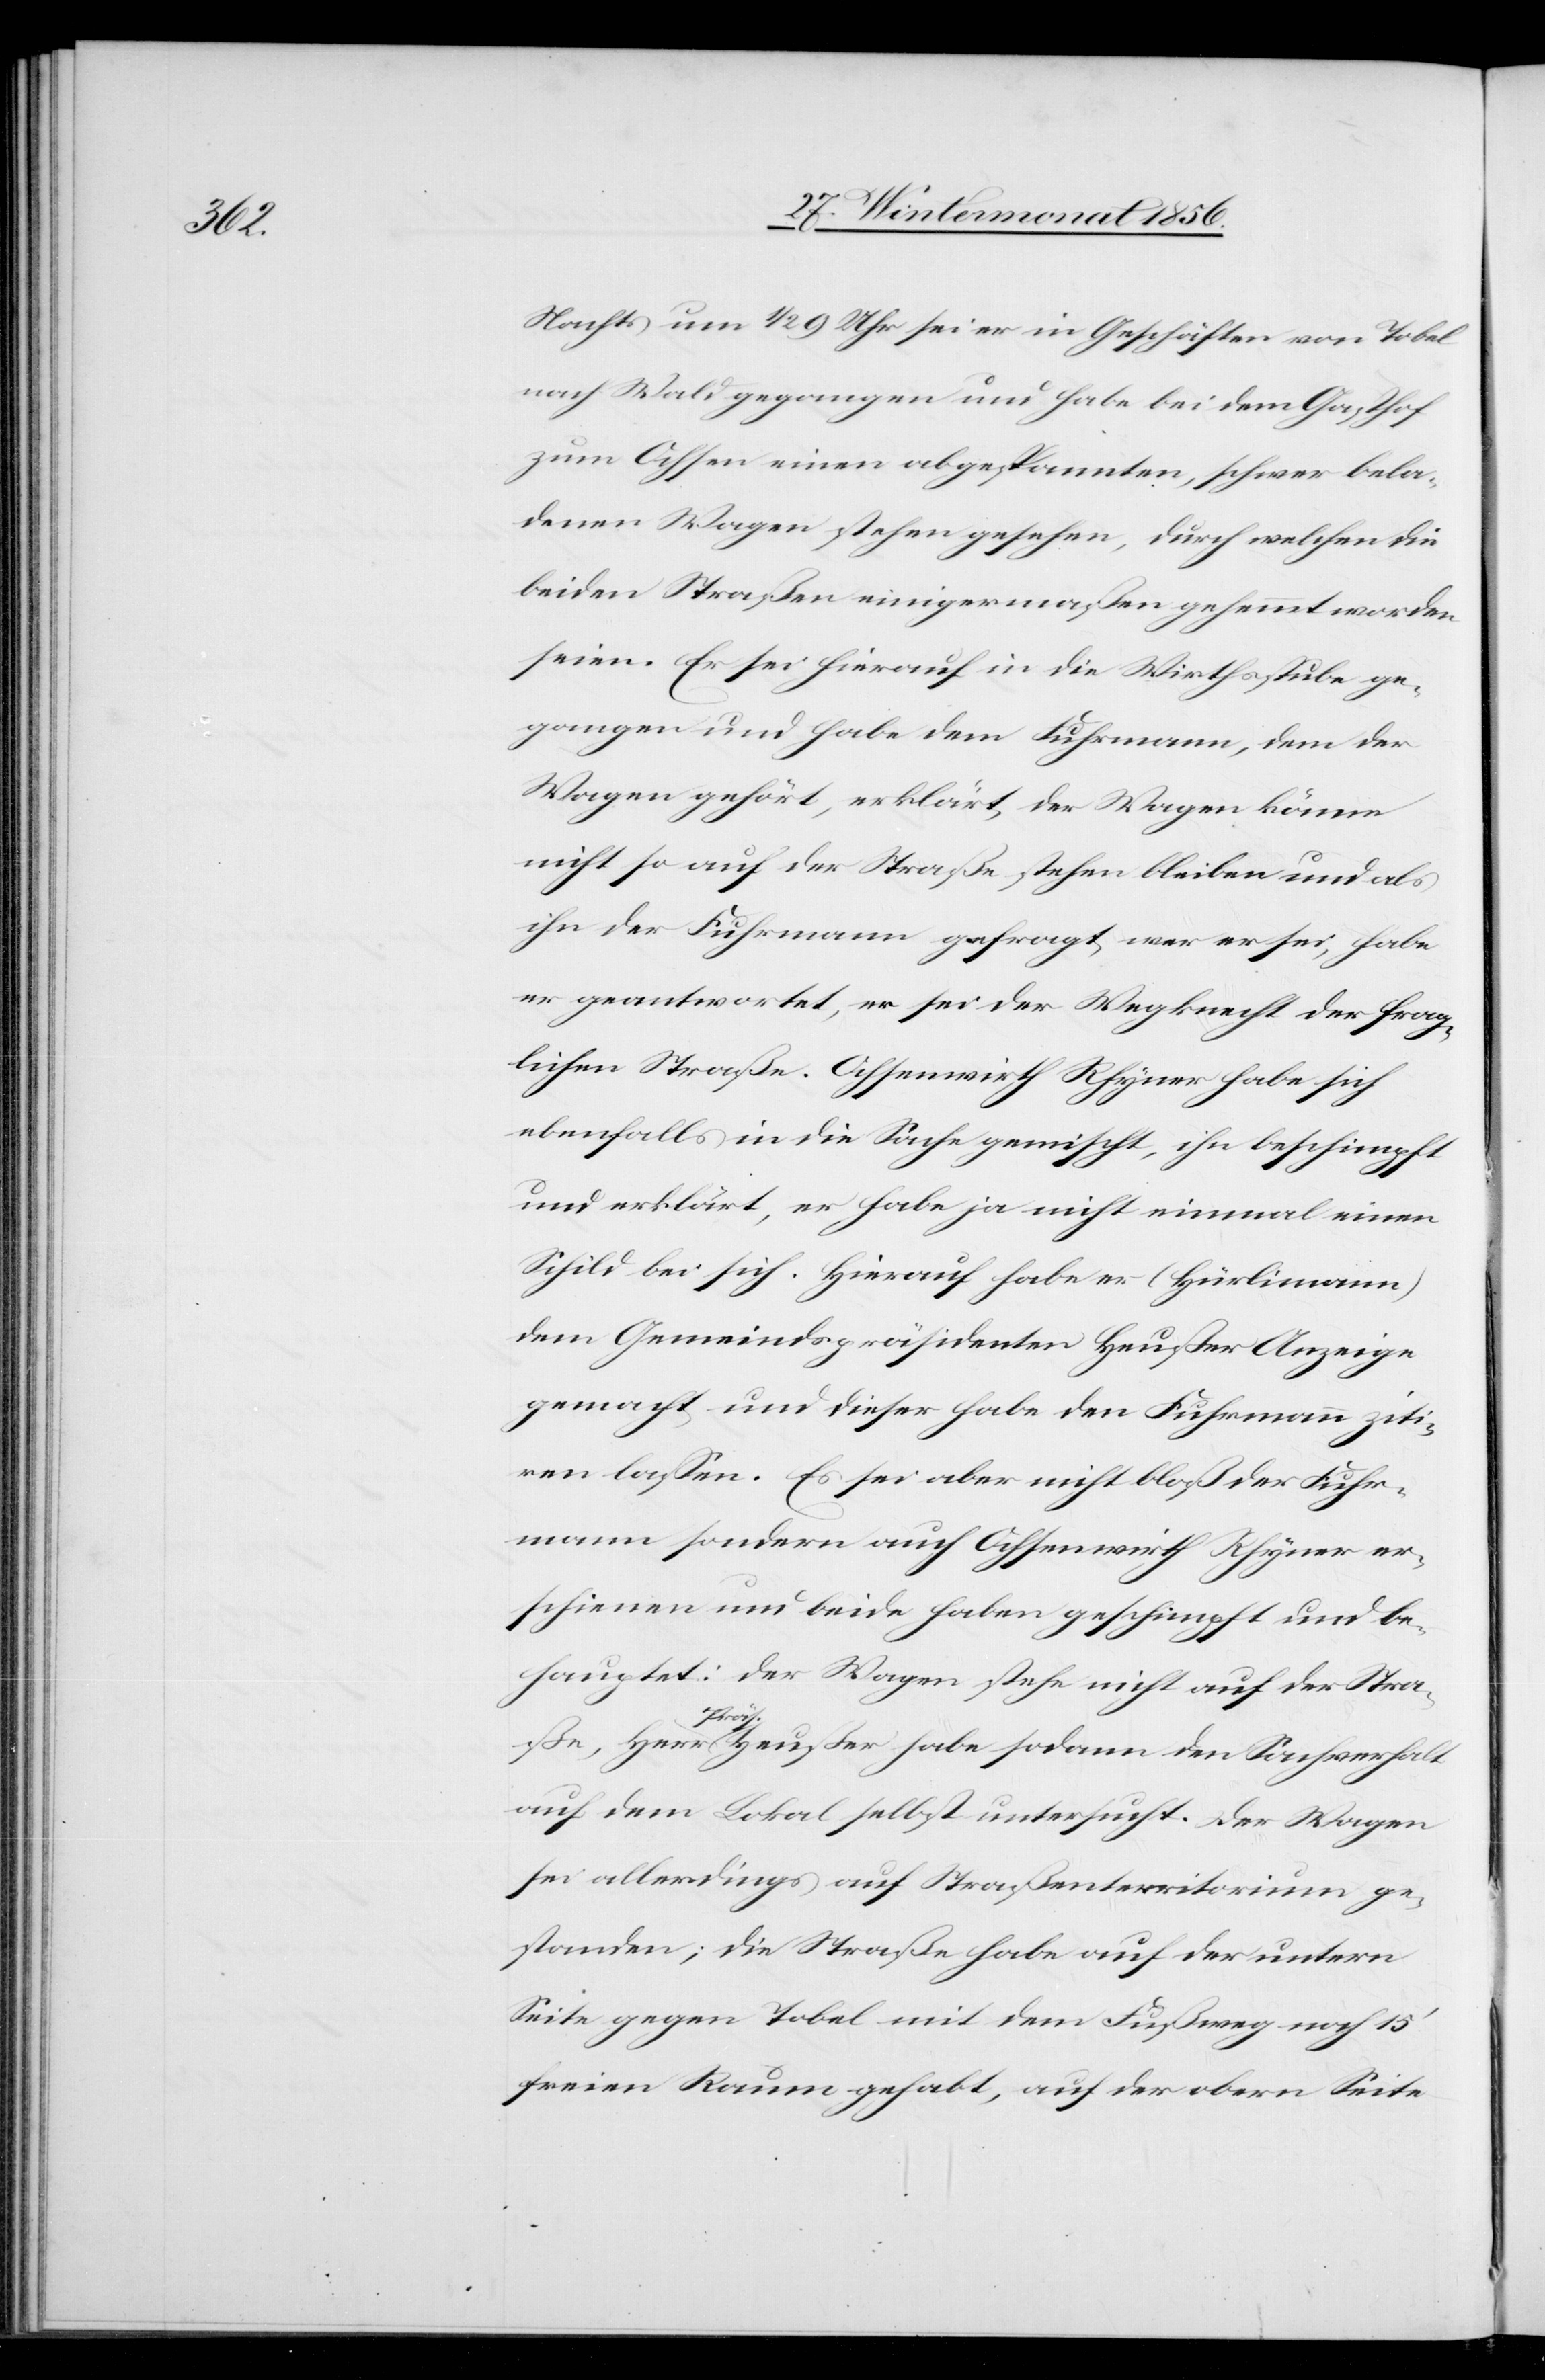
Nachts um ½ 9 Uhr sei er in Geschäften von Tobel
nach Wald gegangen und habe bei dem Gasthof
zum Ochsen einen abgespannten, schwer bela¬
denen Wagen stehen gesehen, durch welchen die
beiden Straßen einigermaßen gehemmt worden
seien. Er sei hierauf in die Wirthsstube ge¬
gangen und habe dem Fuhrmann, dem der
Wagen gehört, erklärt, der Wagen könne
nicht so auf der Straße stehen bleiben und als
ihn der Fuhrmann gefragt, wer er sei, habe
er geantwortete, er sei der Wegknecht der frag¬
lichen Straße. Ochsenwirth Rhyner habe sich
ebenfalls in die Sache gemischt, ihn beschimpft
und erklärt, er habe ja nicht einmal einen
Schild bei sich. Hierauf habe er (Hürlimann)
dem Gemeindspräsidenten Heußer Anzeige
gemacht und dieser habe den Fuhrmann ziti¬
ren lassen. Es sei aber nicht bloß der Fuhr¬
mann sondern auch Ochsenwirth Rhyner er¬
schienen und beide haben geschimpft und be¬
hauptet: der Wagen stehe nicht auf der Stra¬
a-Pr¬
äs.-a Heußer habe sodann den Sachverhalt
auf dem Lokal selbst untersucht. Der Wagen
sei allerdings auf Straßenterritorium ge¬
standen; die Straße habe auf der untern
Seite gegen Tobel mit dem Fußweg noch 15'
freien Raum gehabt, auf der obern Seite